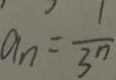
a _ { n } = \frac { 1 } { 3 ^ { n } }